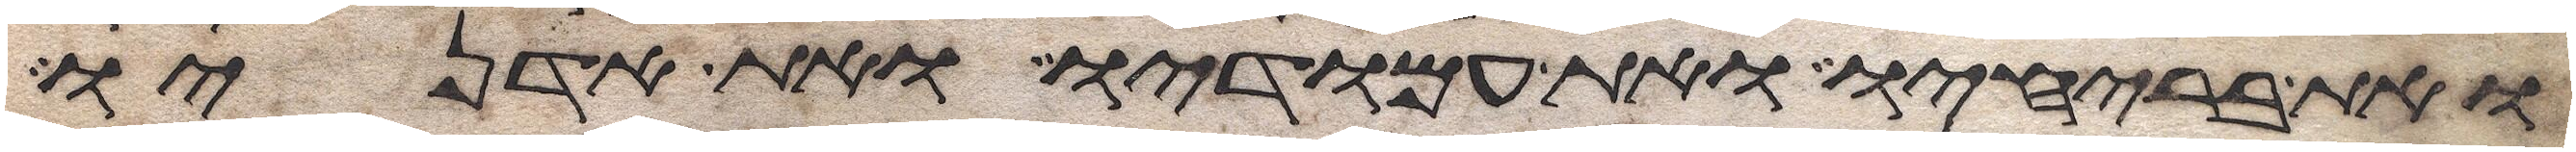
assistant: ואת בריחיו ואת עמודיו ואת אדניו